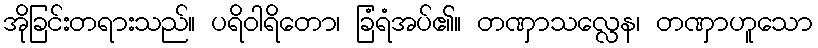
အိုခြင်းတရားသည်။ ပရိဝါရိတော၊ ခြံရံအပ်၏။ တဏှာသလ္လေန၊ တဏှာဟူသော